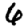
Digit: 6